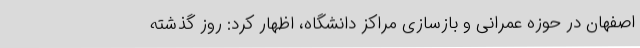
اصفهان در حوزه عمرانی و بازسازی مراکز دانشگاه، اظهار کرد: روز گذشته